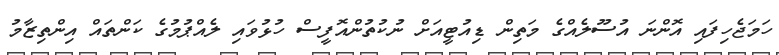
ހަމަޖެހިފައި އޮންނަ އުސޫލެއްގެ މަތިން ޑިއުޓީއަށް ނުކުތުންއޮފީސް ހުޅުވައި ލެއްޕުމުގެ ކަންތައް އިންތިޒާމު